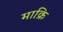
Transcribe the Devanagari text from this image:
माक्रि